Indian journal of veterinary science and animal husbandry - Volumes 22-23, 1952-1953
Year: 1952
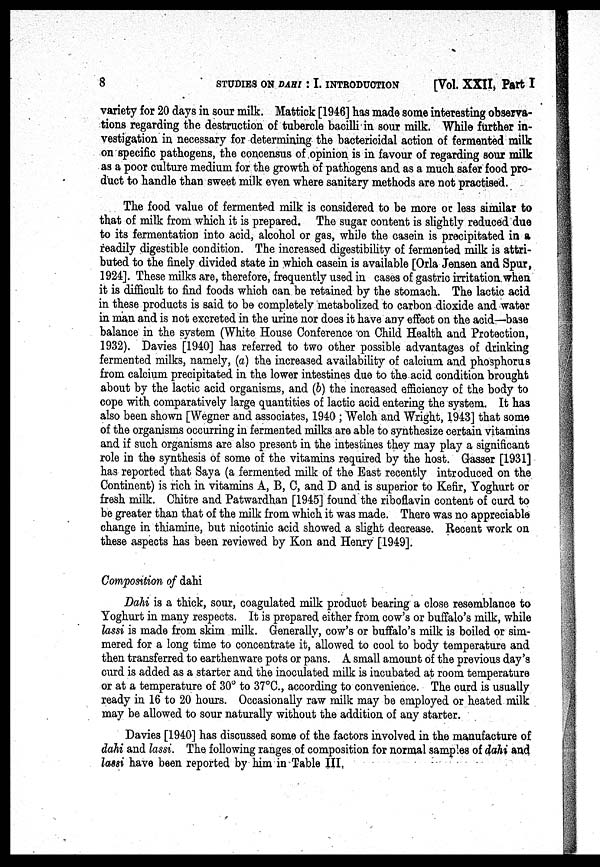
8
STUDIES ON DAHI : I. INTRODUCTION
[Vol. XXII, Part I
variety for 20 days in sour milk. Mattick [1946] has made some interesting observa-
tions regarding the destruction of tubercle bacilli in sour milk. While further in-
vestigation in necessary for determining the bactericidal action of fermented milk
on specific pathogens, the concensus of opinion is in favour of regarding sour milk
as a poor culture medium for the growth of pathogens and as a much safer food pro-
duct to handle than sweet milk even where sanitary methods are not practised.
The food value of fermented milk is considered to be more or less similar to
that of milk from which it is prepared. The sugar content is slightly reduced due
to its fermentation into acid, alcohol or gas, while the casein is precipitated in a
readily digestible condition. The increased digestibility of fermented milk is attri-
buted to the finely divided state in which casein is available [Orla Jensen and Spur,
1924]. These milks are, therefore, frequently used in cases of gastric irritation when
it is difficult to find foods which can be retained by the stomach. The lactic acid
in these products is said to be completely metabolized to carbon dioxide and water
in man and is not excreted in the urine nor does it have any effect on the acid—base
balance in the system (White House Conference on Child Health and Protection,
1932). Davies [1940] has referred to two other possible advantages of drinking
fermented milks, namely, (a) the increased availability of calcium and phosphorus
from calcium precipitated in the lower intestines due to the acid condition brought
about by the lactic acid organisms, and (b) the increased efficiency of the body to
cope with comparatively large quantities of lactic acid entering the system. It has
also been shown [Wegner and associates, 1940 ; Welch and Wright, 1943] that some
of the organisms occurring in fermented milks are able to synthesize certain vitamins
and if such organisms are also present in the intestines they may play a significant
role in the synthesis of some of the vitamins required by the host. Gasser [1931]
has reported that Saya (a fermented milk of the East recently introduced on the
Continent) is rich in vitamins A, B, C, and D and is superior to Kefir, Yoghurt or
fresh milk. Chitre and Patwardhan [1945] found the riboflavin content of curd to
be greater than that of the milk from which it was made. There was no appreciable
change in thiamine, but nicotinic acid showed a slight decrease. Recent work on
these aspects has been reviewed by Kon and Henry [1949].
Composition of dahi
Dahi is a thick, sour, coagulated milk product bearing a close resemblance to
Yoghurt in many respects. It is prepared either from cow's or buffalo's milk, while
lassi is made from skim milk. Generally, cow's or buffalo's milk is boiled or sim-
mered for a long time to concentrate it, allowed to cool to body temperature and
then transferred to earthenware pots or pans. A small amount of the previous day's
curd is added as a starter and the inoculated milk is incubated at room temperature
or at a temperature of 30° to 37°C., according to convenience. The curd is usually
ready in 16 to 20 hours. Occasionally raw milk may be employed or heated milk
may be allowed to sour naturally without the addition of any starter.
Davies [1940] has discussed some of the factors involved in the manufacture of
dahi and lassi. The following ranges of composition for normal samples of dahi and
lassi have been reported by him in Table III.